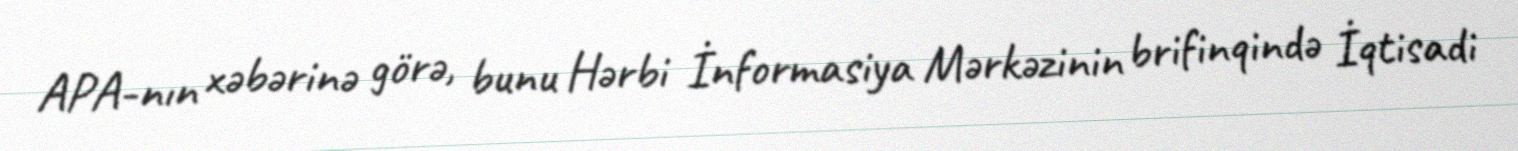
APA-nın xəbərinə görə, bunu Hərbi İnformasiya Mərkəzinin brifinqində İqtisadi